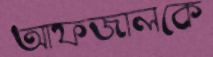
আফজালকে